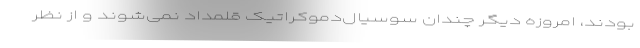
بودند، امروزه دیگر چندان سوسیال‌دموکراتیک قلمداد نمی‌شوند و از نظر